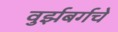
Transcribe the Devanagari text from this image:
वुर्झबर्गचे